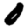
Digit: 0